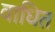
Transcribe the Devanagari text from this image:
वाधित